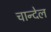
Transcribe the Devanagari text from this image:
चान्देल